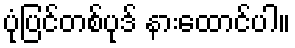
ပုံပြင်တစ်ပုဒ် နားထောင်ပါ။